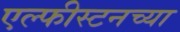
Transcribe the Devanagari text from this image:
एल्फीस्टनच्या